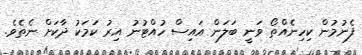
ފެނުމުން ކިހިނެއްތޯ ވަނީ ބަލަން އައިސް ހުއްޓުނު އިރު ކަމަކު ދާކަށް ނެތެވެ.